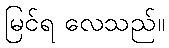
မြင်ရ လေသည်။